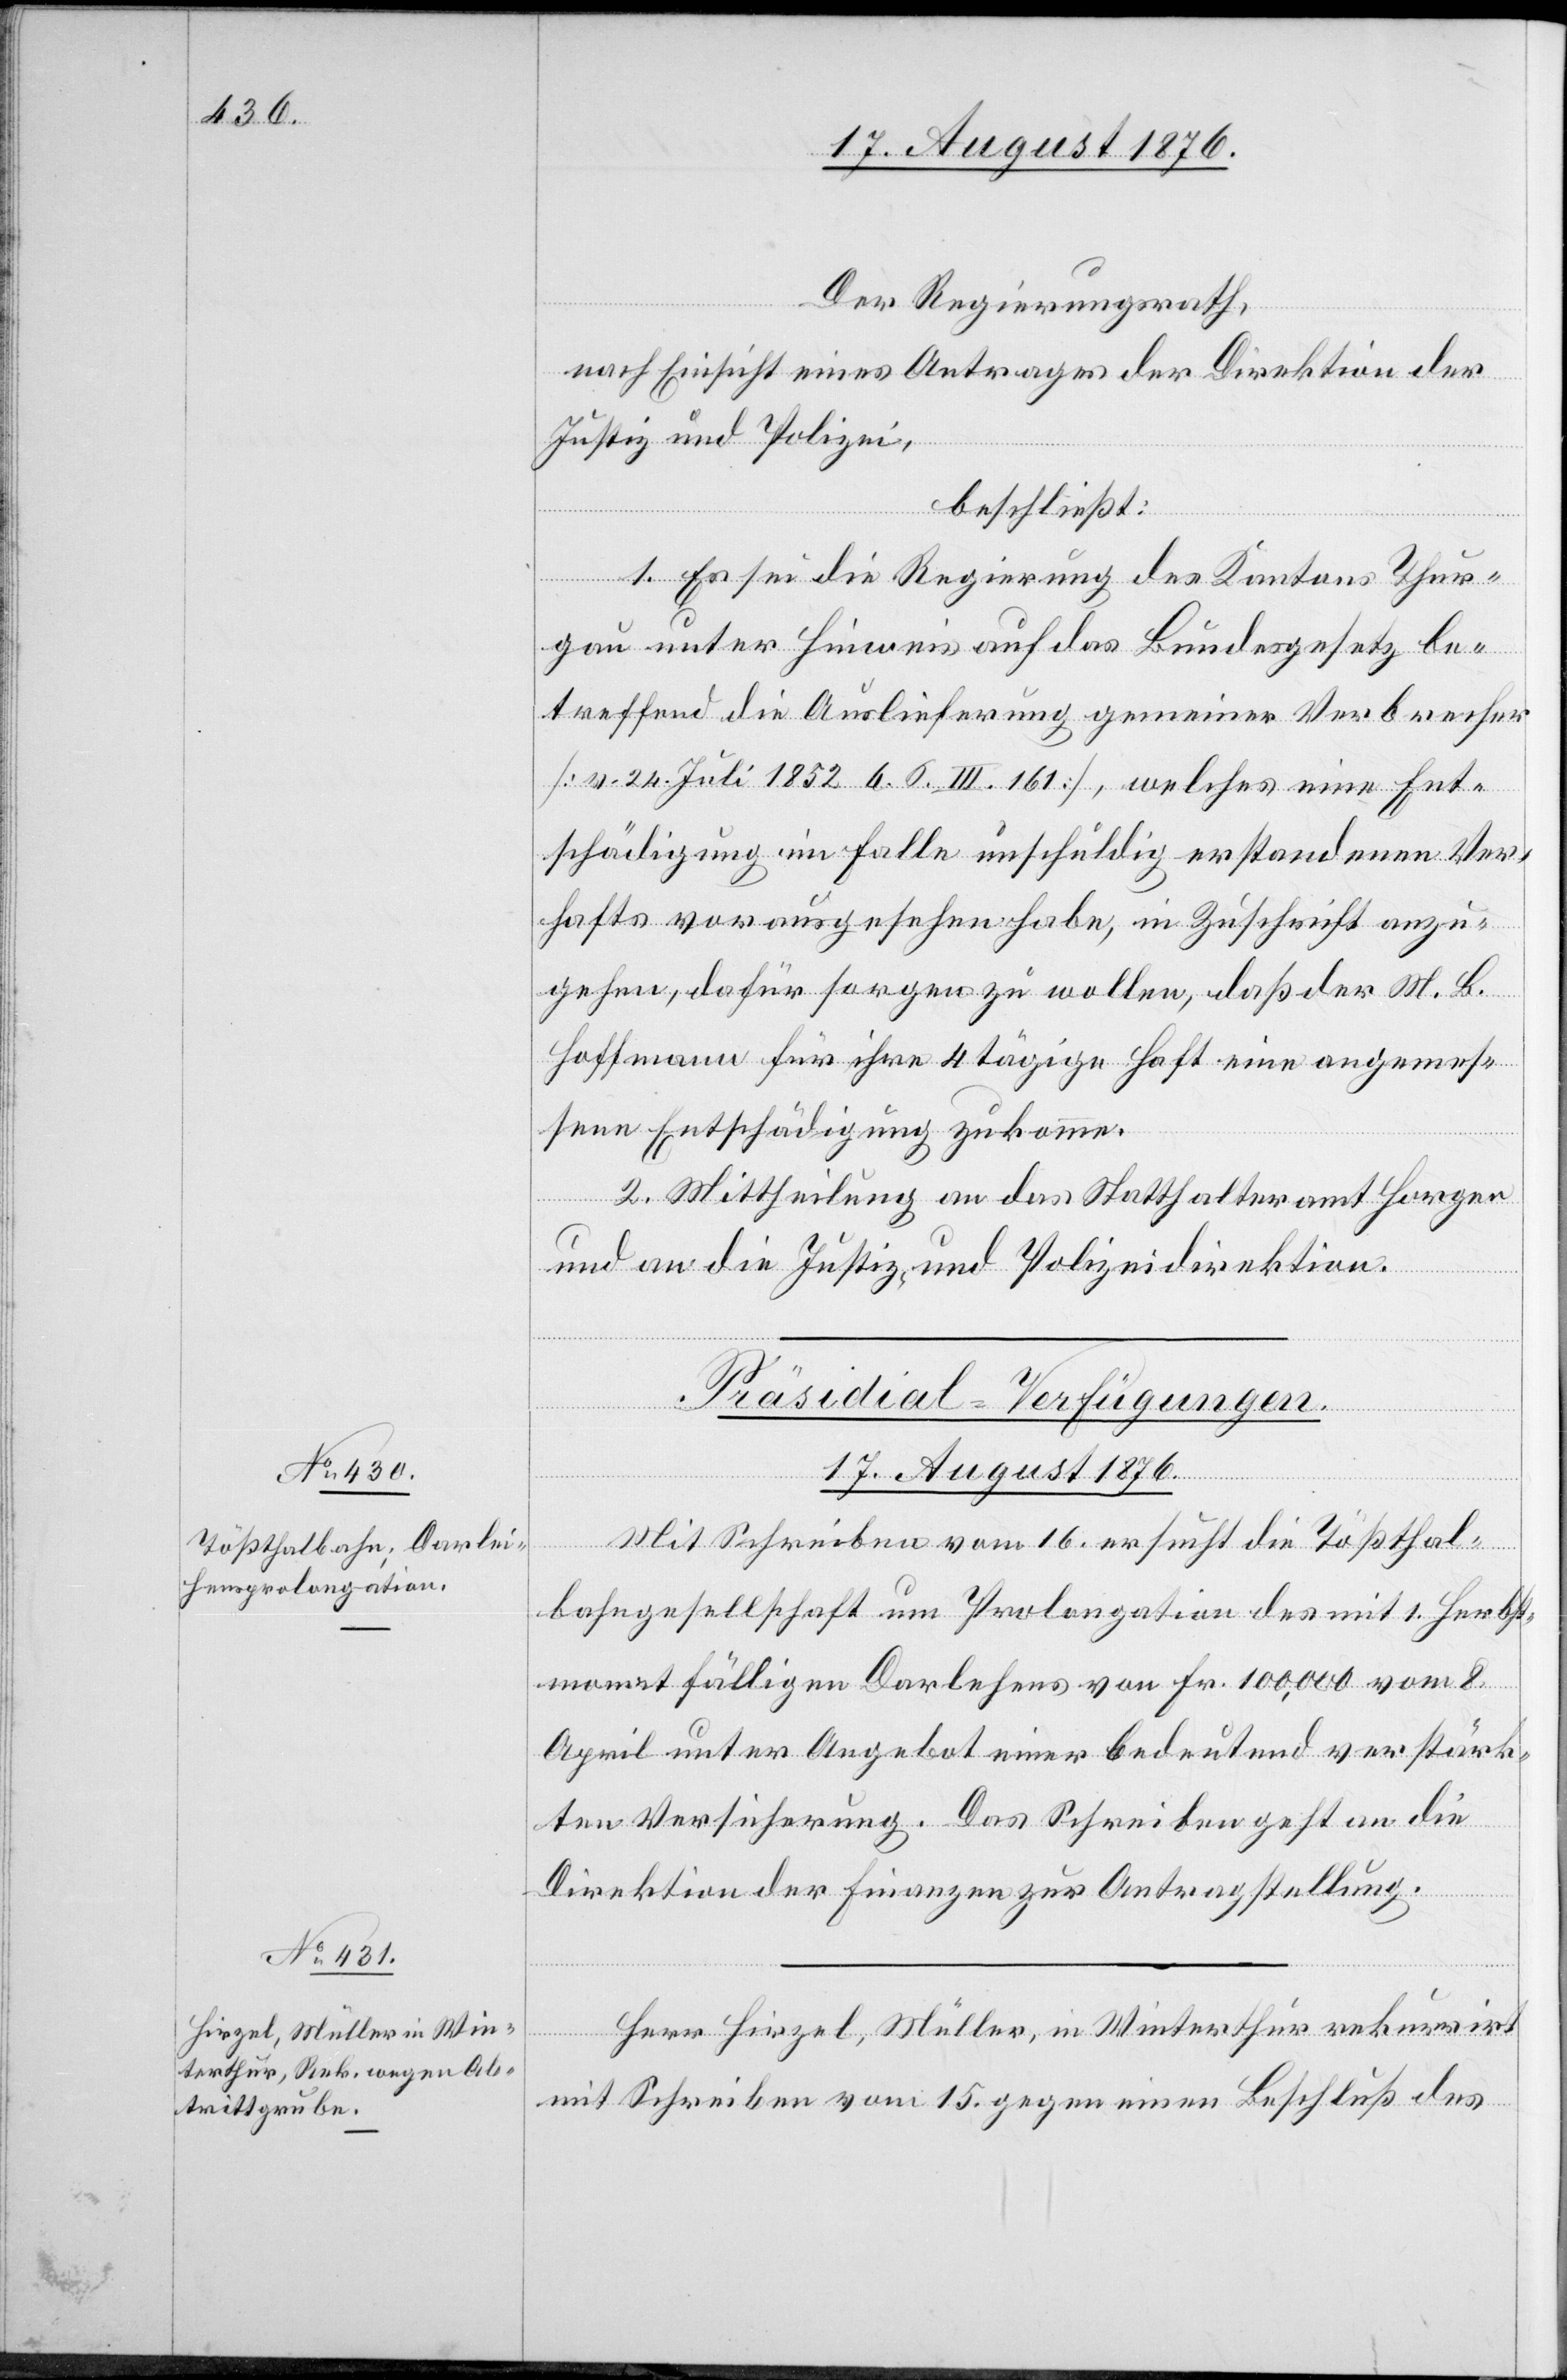
Der Regierungsrath,
nach Einsicht eines Antrages der Direktion der
Justiz und Polizei,
beschließt:
1. Es sei die Regierung des Kantons Thur¬
gau unter Hinweis auf das Bundesgesetz be¬
treffend die Auslieferung gemeiner Verbrecher
[v. 24. Juli 1852 b. S. III. 161], welches eine Ent¬
schädigung im Falle unschuldig erstandenen Ver¬
hafts vorausgesehen habe, in Zuschrift anzu¬
gehen, dafür sorgen zu wollen, daß der M. B.
Hoffmann für ihre 4tägige Haft eine angemes¬
sene Entschädigung zukomme.
2. Mittheilung an das Statthalteramt Horgen
und an die Justiz- und Polizeidirektion.
[Präsidial-Verfügungen.
17. August 1876.]
Mit Schreiben vom 16. ersucht die Tößthal¬
bahngesellschaft um Prolongation des mit 1. Herbst¬
monat fälligen Darlehens von Fr. 100,000 vom 8.
April unter Angebot einer bedeutend verstärk¬
ten Versicherung. Das Schreiben geht an die
Direktion der Finanzen zur Antragstellung.
Herr Hirzel, Müller, in Winterthur rekurrirt
mit Schreiben vom 15. gegen einen Beschluß des